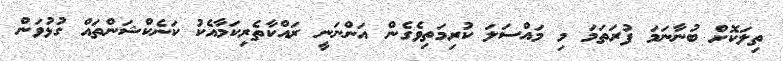
ތިލަކޮށް ބުނާނަމަ ފުރަތަމަ މި މައްސަލަ ކުރިމަތިވެގެން އަންނަނީ ރައްކާތެރިކަމާއެކު ކަނެކްޝަންތައް ގުޅުވަން